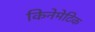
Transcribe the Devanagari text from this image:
किनेमेटिक